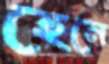
হেনে